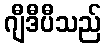
ဂျီဒီပီသည်